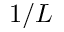
1 / L